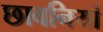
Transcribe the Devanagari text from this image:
छावनियां